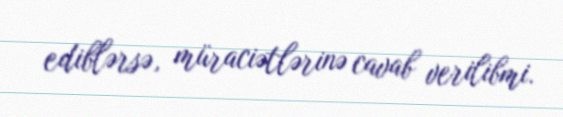
ediblərsə, müraciətlərinə cavab verilibmi.